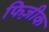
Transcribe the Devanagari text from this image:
फिज़ीक